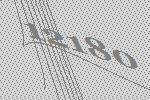
12180